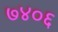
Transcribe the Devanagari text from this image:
७४०६